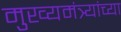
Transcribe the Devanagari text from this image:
मुख्यमंत्र्यांच्‍या